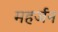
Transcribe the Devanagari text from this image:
महर्जन